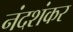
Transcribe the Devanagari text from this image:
नंदशंकर